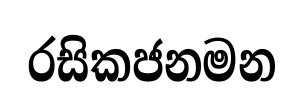
රසිකජනමන